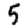
Digit: 5